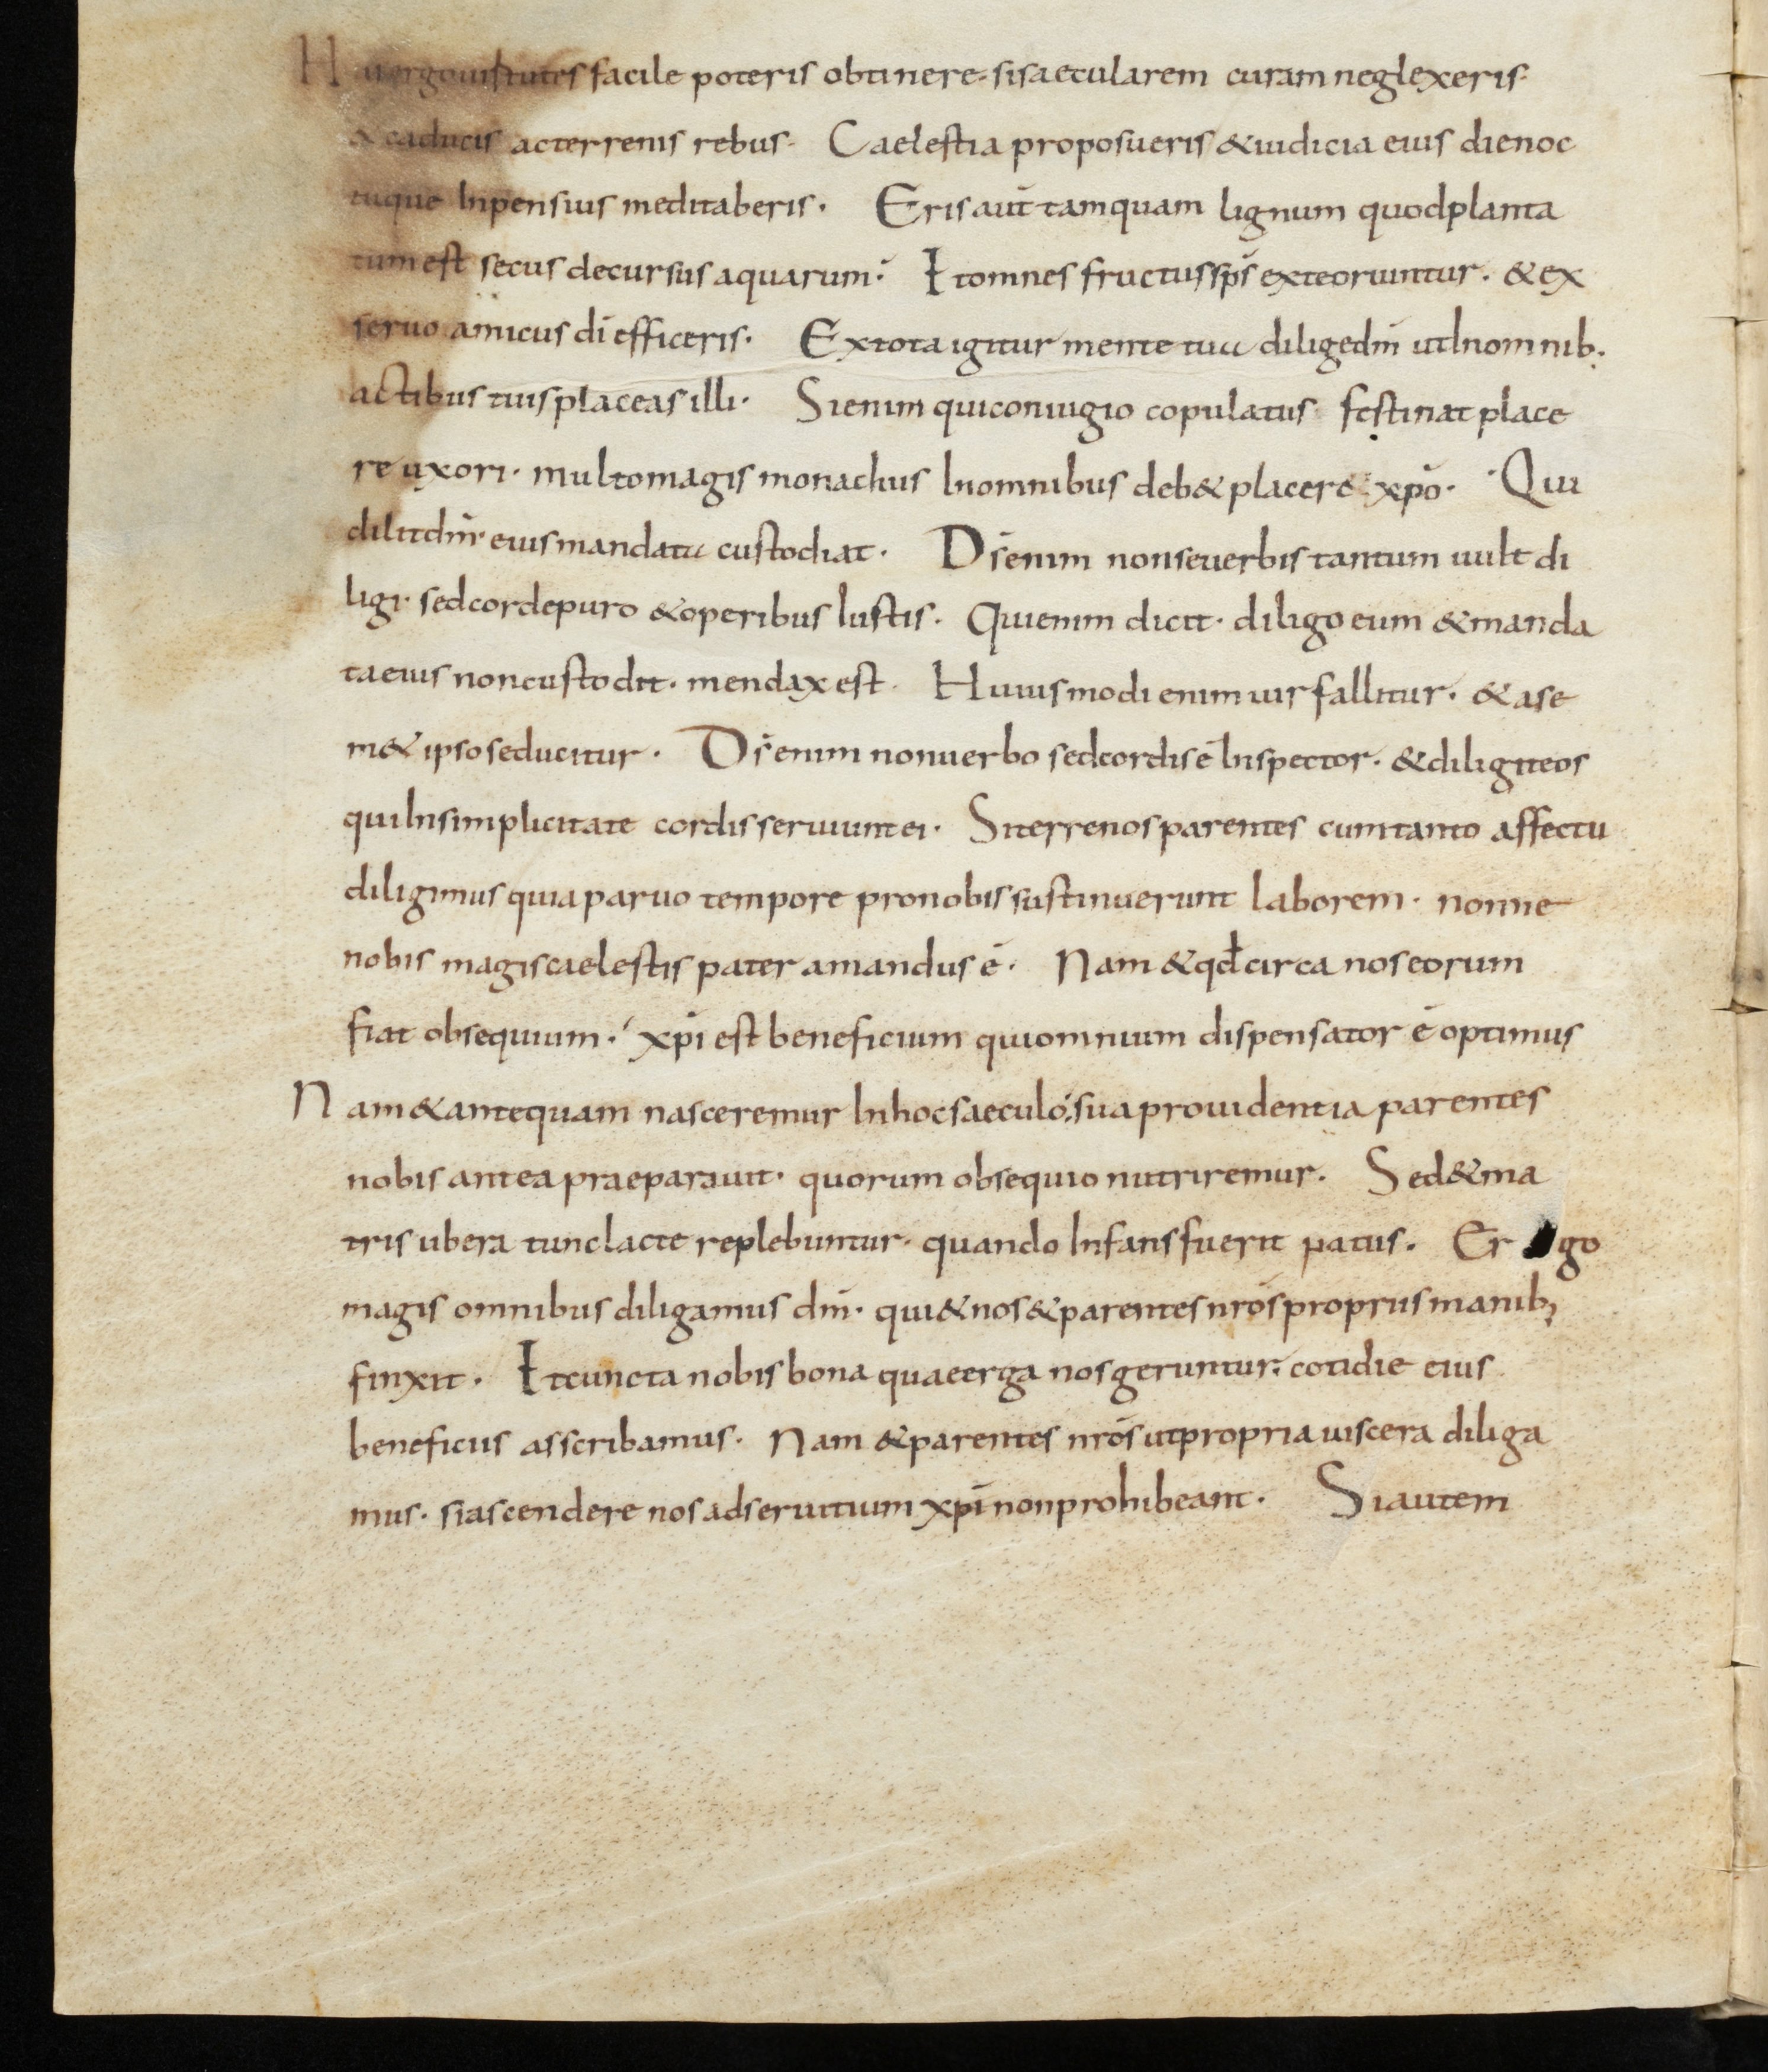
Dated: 800–999